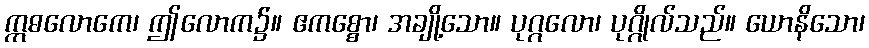
ဣဓလောကေ၊ ဤလောက၌။ ဧကစ္စော၊ အချို့သော။ ပုဂ္ဂလော၊ ပုဂ္ဂိုလ်သည်။ ယောနိသော၊